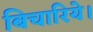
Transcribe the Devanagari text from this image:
बिचारिये।